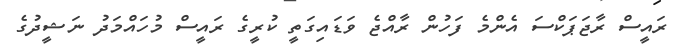
ރައީސް ރާޖަޕަކްސަ އެންމެ ފަހުން ރާއްޖެ ވަޑައިގަތީ ކުރީގެ ރައީސް މުހައްމަދު ނަޝީދުގެ